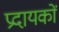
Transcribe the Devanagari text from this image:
प्रदायकों